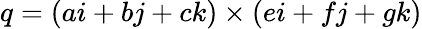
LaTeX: q=(ai+bj+ck)\times(ei+fj+gk)